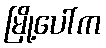
မြို့ပေါ်က